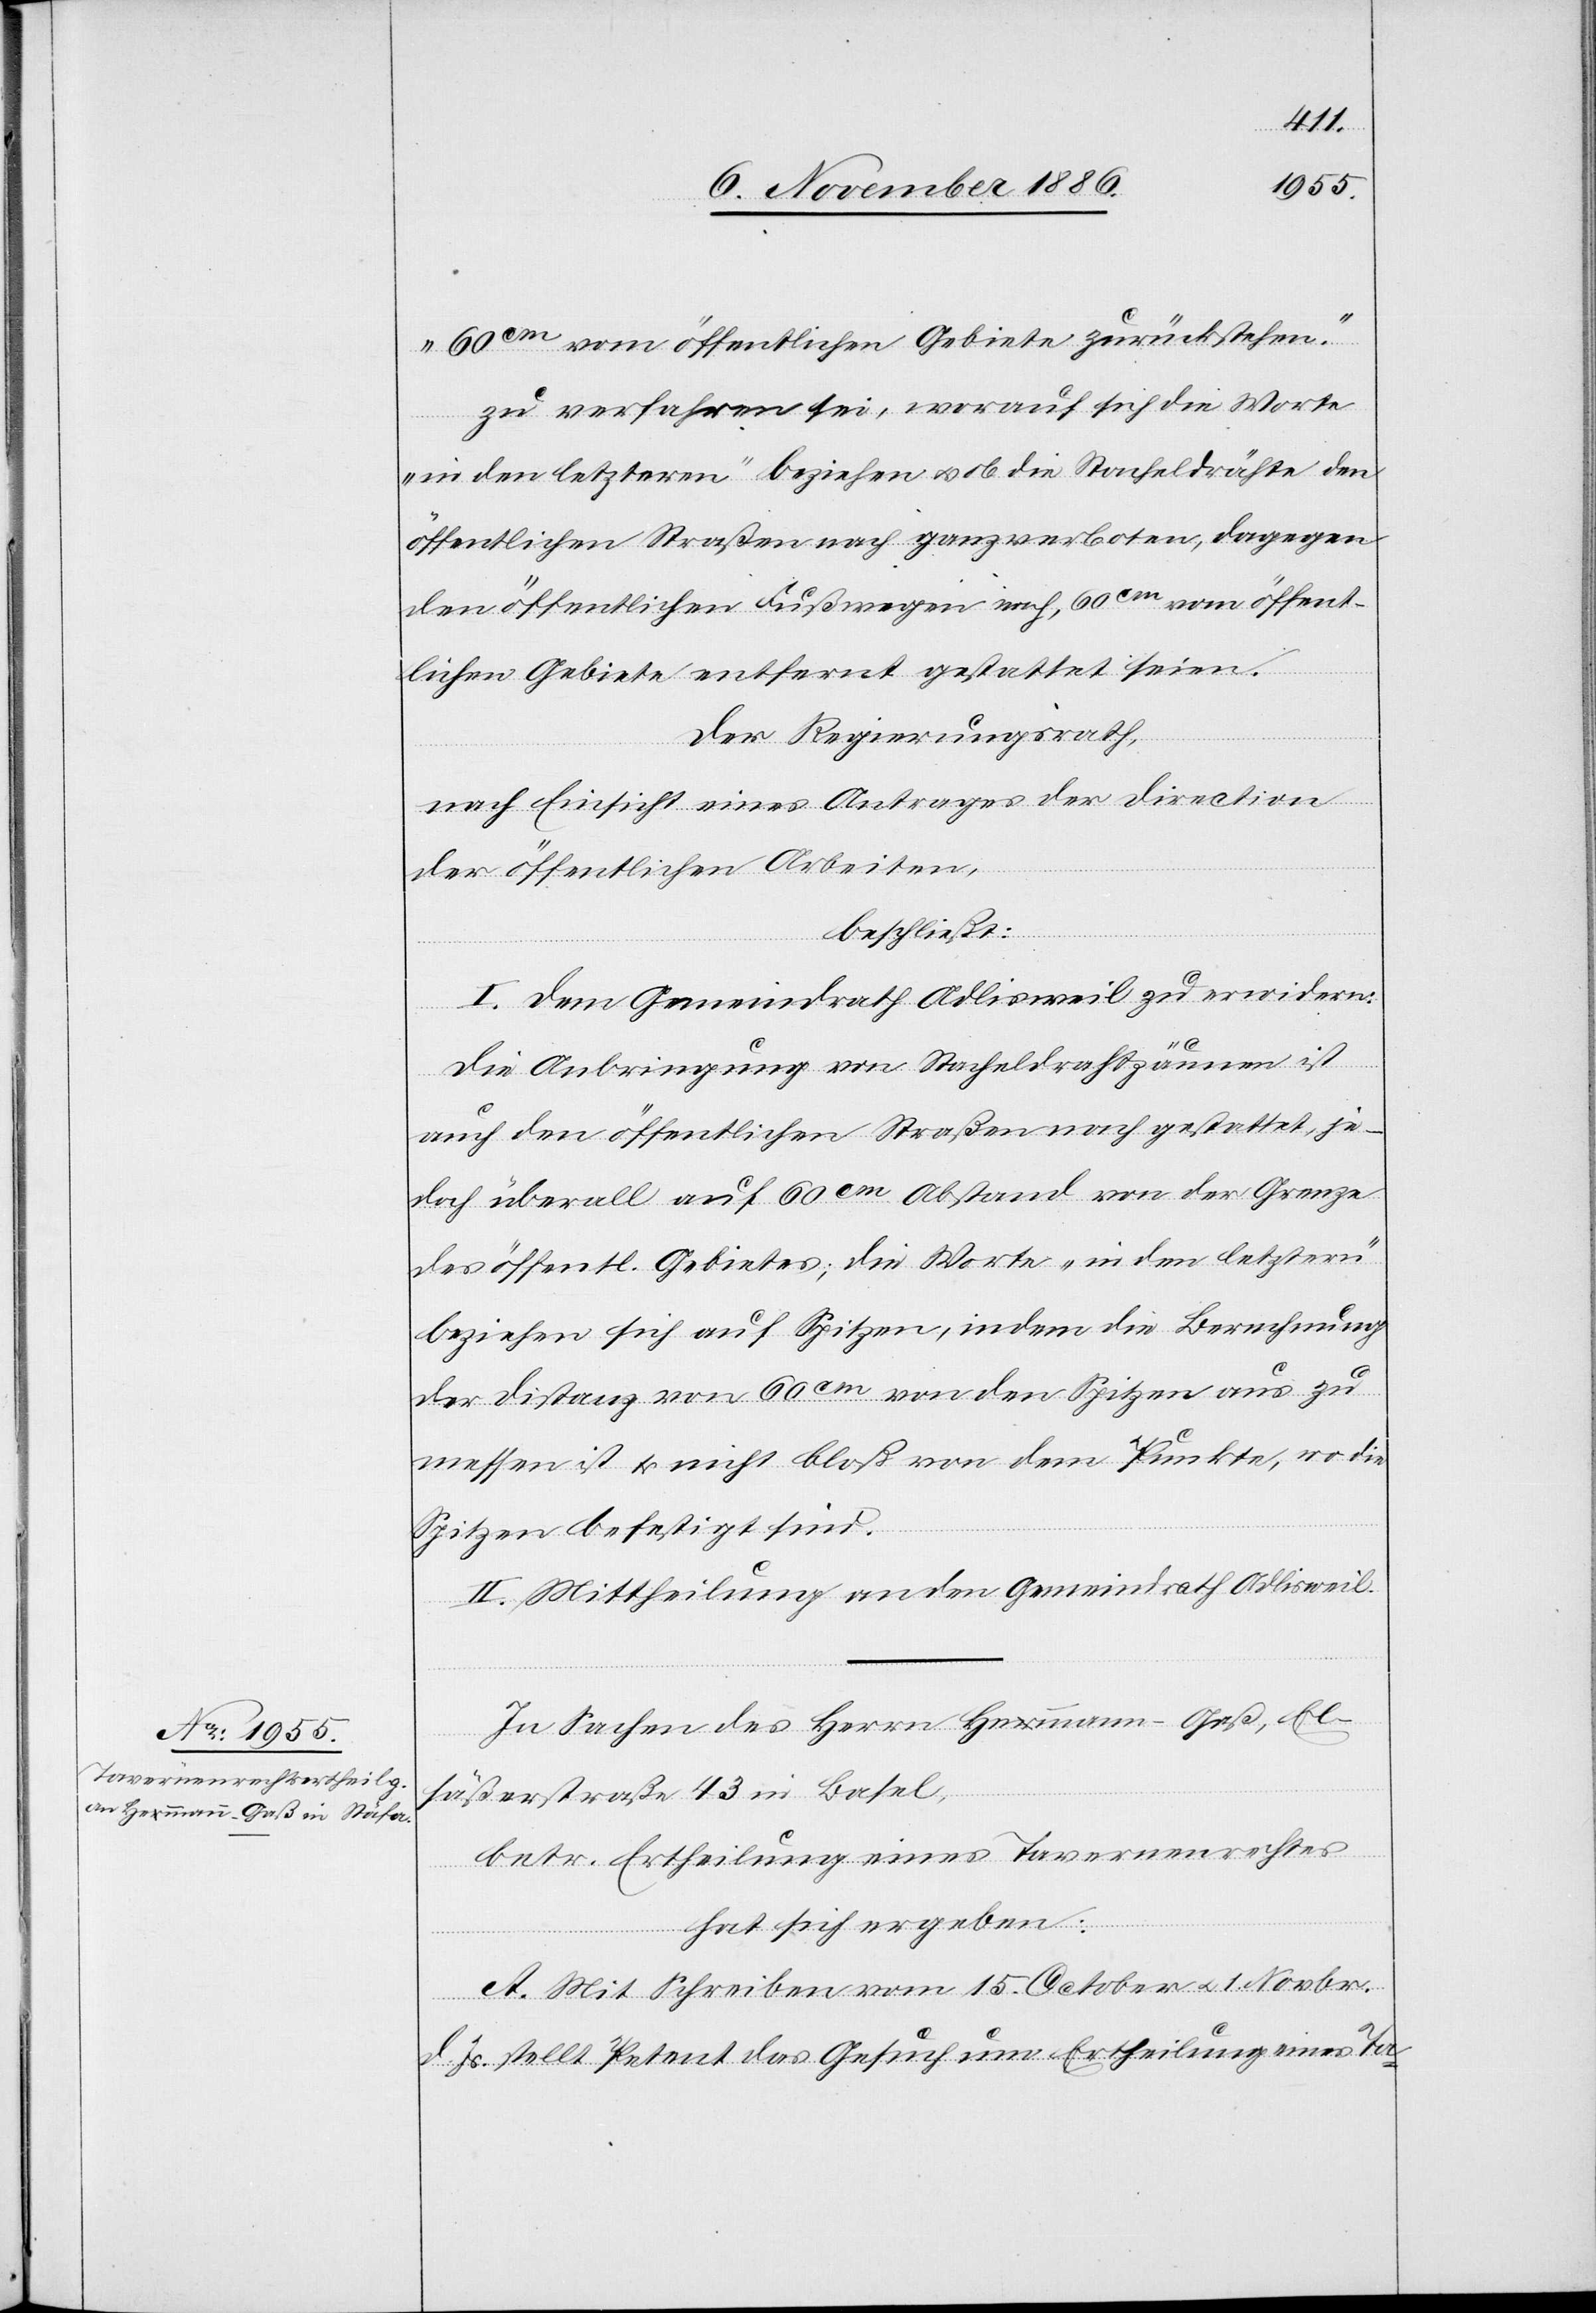
60cm vom öffentlichen Gebiete zurückstehen.“
zu verfahren sei, worauf sich die Worte
„in den letzteren“ beziehen & ob die Stacheldrähte den
öffentlichen Straßen nach ganz verboten, dagegen
den öffentlichen Fußwegen nach, 60cm vom öffent¬
lichen Gebiete entfernt gestattet seien.
Der Regierungsrath,
nach Einsicht eines Antrages der Direction
der öffentlichen Arbeiten,
beschließt:
I. Dem Gemeindrath Adlisweil zu erwidern:
Die Anbringung von Stacheldrahtzäunen ist
auch den öffentlichen Straßen nach gestattet, je¬
doch überall auf 60cm Abstand von der Grenze
des öffentl. Gebietes, die Worte „in den letztern“
beziehen sich auf Spitzen, indem die Berechnung
der Distanz von 60cm von den Spitzen aus zu
messen ist & nicht bloß von dem Punkte, wo die
Spitzen befestigt sind.
II. Mittheilung an den Gemeindrath Adlisweil.
In Sachen des Herrn Hemmann-Gaß, El¬
säßerstraße 43 in Basel,
betr. Ertheilung eines Tavernenrechtes
hat sich ergeben:
A. Mit Schreiben vom 15. October & 1. Novbr.
d. Js. stellt Petent das Gesuch um Ertheilung eines Ta-